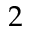
2